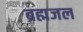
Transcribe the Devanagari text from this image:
ब्रह्मजल